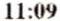
11:09